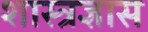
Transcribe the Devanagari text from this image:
शास्त्रज्ञास